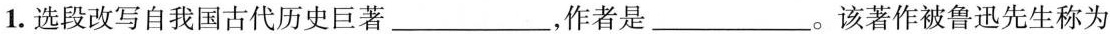
1.选段改写自我国古代历史巨著___，作者是____。该著作被鲁迅先生称为